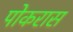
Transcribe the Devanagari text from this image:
पोकरास